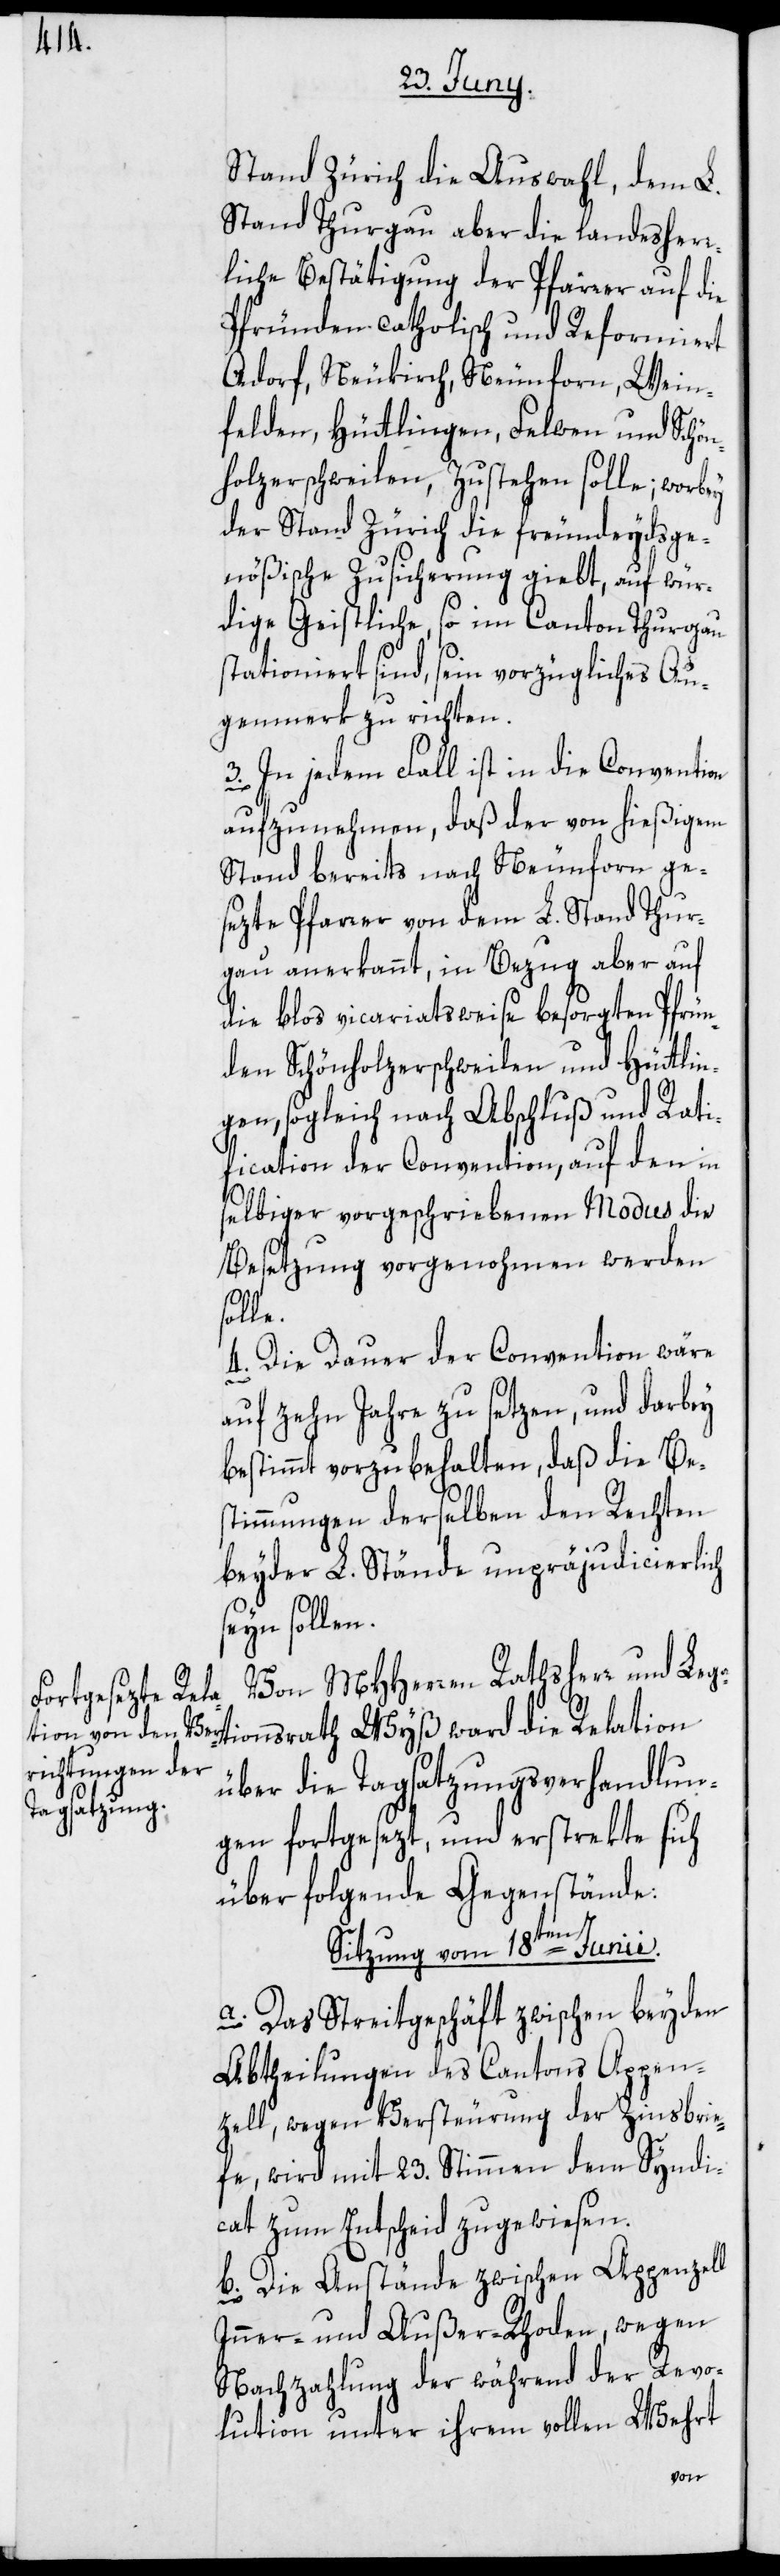
srath

Stand Zürich die Auswahl, dem L.
Stand Thurgau aber die landesherr¬
liche Bestätigung der Pfärrer auf die
Pfründen catholisch und Reformiert
Adorf, Neukirch, Neunforn, Wein¬
felden, Hüttlingen, Felwen und Schön¬
holzerschweilen, zustehen solle; worbey
der Stand Zürich die freundeydsge¬
nößische Zusicherung giebt, auf wür¬
dige Geistliche, so im Canton Thurgau
stationiert sind, ein vorzügliches Au¬
genmerk zu richten.
3. In jedem Fall ist in die Convention
aufzunehmen, daß der von hießigem
Stand bereits nach Neunforn ge¬
sezte Pfarrer von dem L. Stand Thur¬
gau anerkannt, in Bezug aber auf
die blos vicariatsweise besorgten Pfrün¬
den Schönholzerschweilen und Hüttlin¬
gen, sogleich nach Abschluß und Rati¬
fication der Convention, auf den in
selbiger vorgeschriebenen Modus die
Besetzung vorgenohmen werden
s¬
olle.
4. Die Dauer der Convention wäre
auf zehn Jahre zu setzen, und darbey
bestimmt vorzubehalten, daß die Bes¬
timmungen derselben den Rechten
beyder L. Stände unpräjudicierlich
seyn sollen.
Von MHHerren Rathsherr und Leg¬
über die Tagsatzungsverhandlun¬
gen fortgesezt, und erstrekte sich
über folgende Gegenstände:
Sitzung vom 18ten Junii.
a. Das Streitgeschäft zwischen beyden
Abtheilungen des Cantons Appen¬
zell, wegen Versteurung der Zinsbrie¬
fe, wird mit 23. Stimmen dem Syndi¬
cat zum Entscheid zugewiesen.
b. Die Anstände zwischen Appenzell
Inner- und Außer-Rhoden, wegen
Nachzahlung der während der Revo¬
lution unter ihrem vollen Wehrt
ation¬